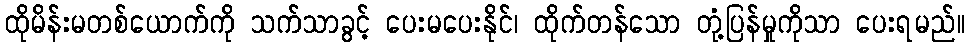
ထိုမိန်းမတစ်ယောက်ကို သက်သာခွင့် ပေးမပေးနိုင်၊ ထိုက်တန်သော တုံ့ပြန်မှုကိုသာ ပေးရမည်။